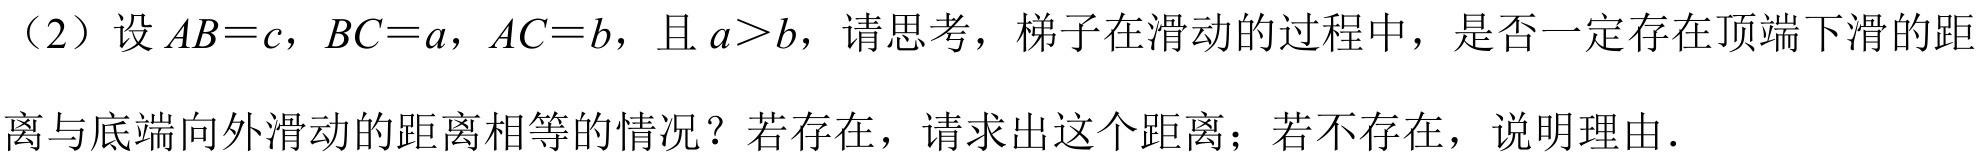
（2）设\(AB = c\)，\(BC = a\)，\(AC = b\)，且\(a>b\)，请思考，梯子在滑动的过程中，是否一定存在顶端下滑的距离与底端向外滑动的距离相等的情况？若存在，请求出这个距离；若不存在，说明理由.